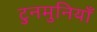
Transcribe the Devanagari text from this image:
टुनमुनियाँ